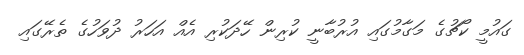
ގައުމީ ކޯޗުގެ މަގާމުގައި އުރުބާނީ ކުރިން ހޭދަކުރި އެއް އަހަރު ދުވަހުގެ ތެރޭގައި